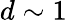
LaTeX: d\sim 1